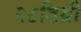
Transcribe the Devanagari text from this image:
२८डिग्री